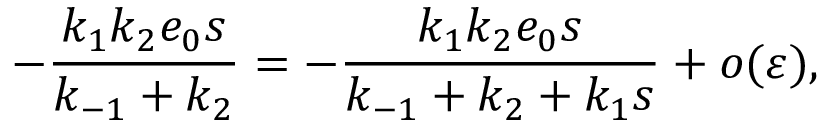
- \frac { k _ { 1 } k _ { 2 } e _ { 0 } s } { k _ { - 1 } + k _ { 2 } } = - \frac { k _ { 1 } k _ { 2 } e _ { 0 } s } { k _ { - 1 } + k _ { 2 } + k _ { 1 } s } + o ( \varepsilon ) ,